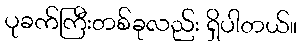
ပုခက်ကြီးတစ်ခုလည်း ရှိပါတယ်။